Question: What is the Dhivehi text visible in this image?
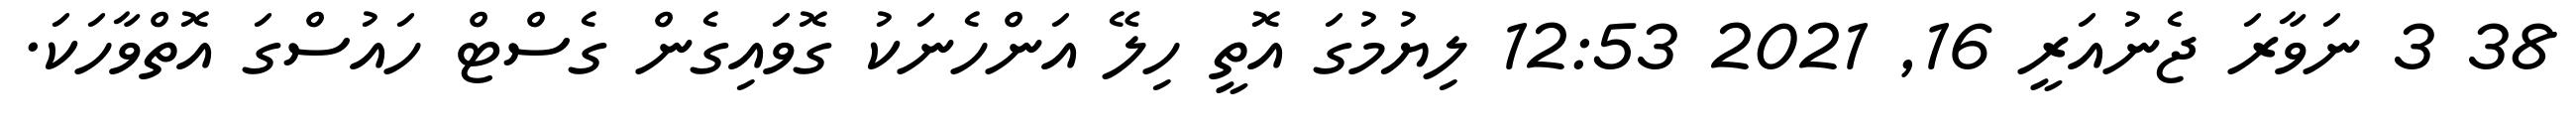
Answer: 38 3 ނަވާރަ ޖެނުއަރީ 16, 2021 12:53 ލިޔުމުގަ އޮތީ ހިލޭ އަންހެނަކު ގޮވައިގެން ގެސްޓް ހައުސްގަ އޮތްވާހަކަ.